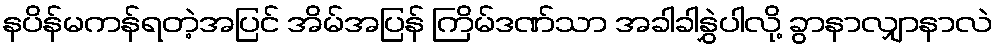
နပိန်မကန်ရတဲ့အပြင် အိမ်အပြန် ကြိမ်ဒဏ်သာ အခါခါနွှဲပါလို့ ခွာနာလျှာနာလဲ